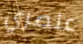
عنصري